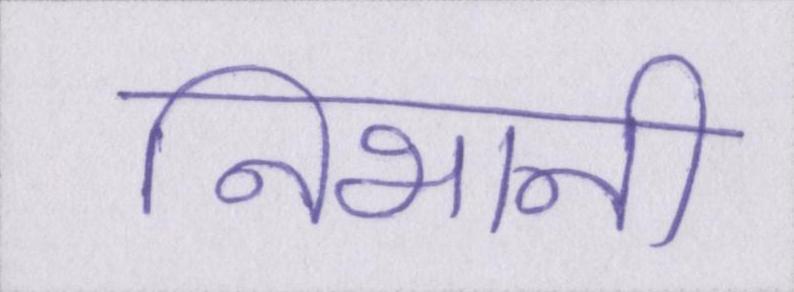
निभानी